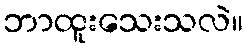
ဘာထူးသေးသလဲ။